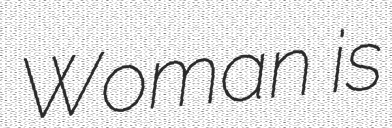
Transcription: Woman is